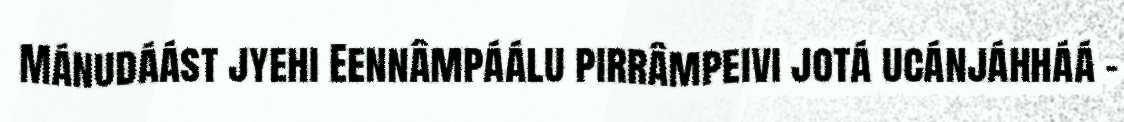
Mánudáást jyehi Eennâmpáálu pirrâmpeivi jotá ucánjáhháá –